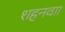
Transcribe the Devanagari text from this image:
शहनवाा